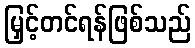
မြှင့်တင်ရန်ဖြစ်သည်